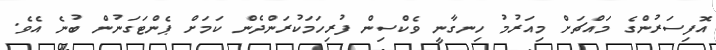
އޮފިސަރުންގެ މައްޗަށް މިއަރުމު ހިނގާނީ ވެކްސިން ފުރިހަމަކުރަންދެން ކަމަށް ޕެންޓަގަނުން ބުނެ އެވެ.